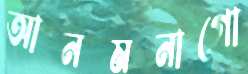
আনমনাগো